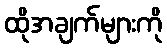
ထိုအချက်များကို